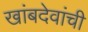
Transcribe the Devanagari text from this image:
खांबदेवांची